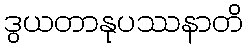
ဒွယတာနုပဿနာတိ